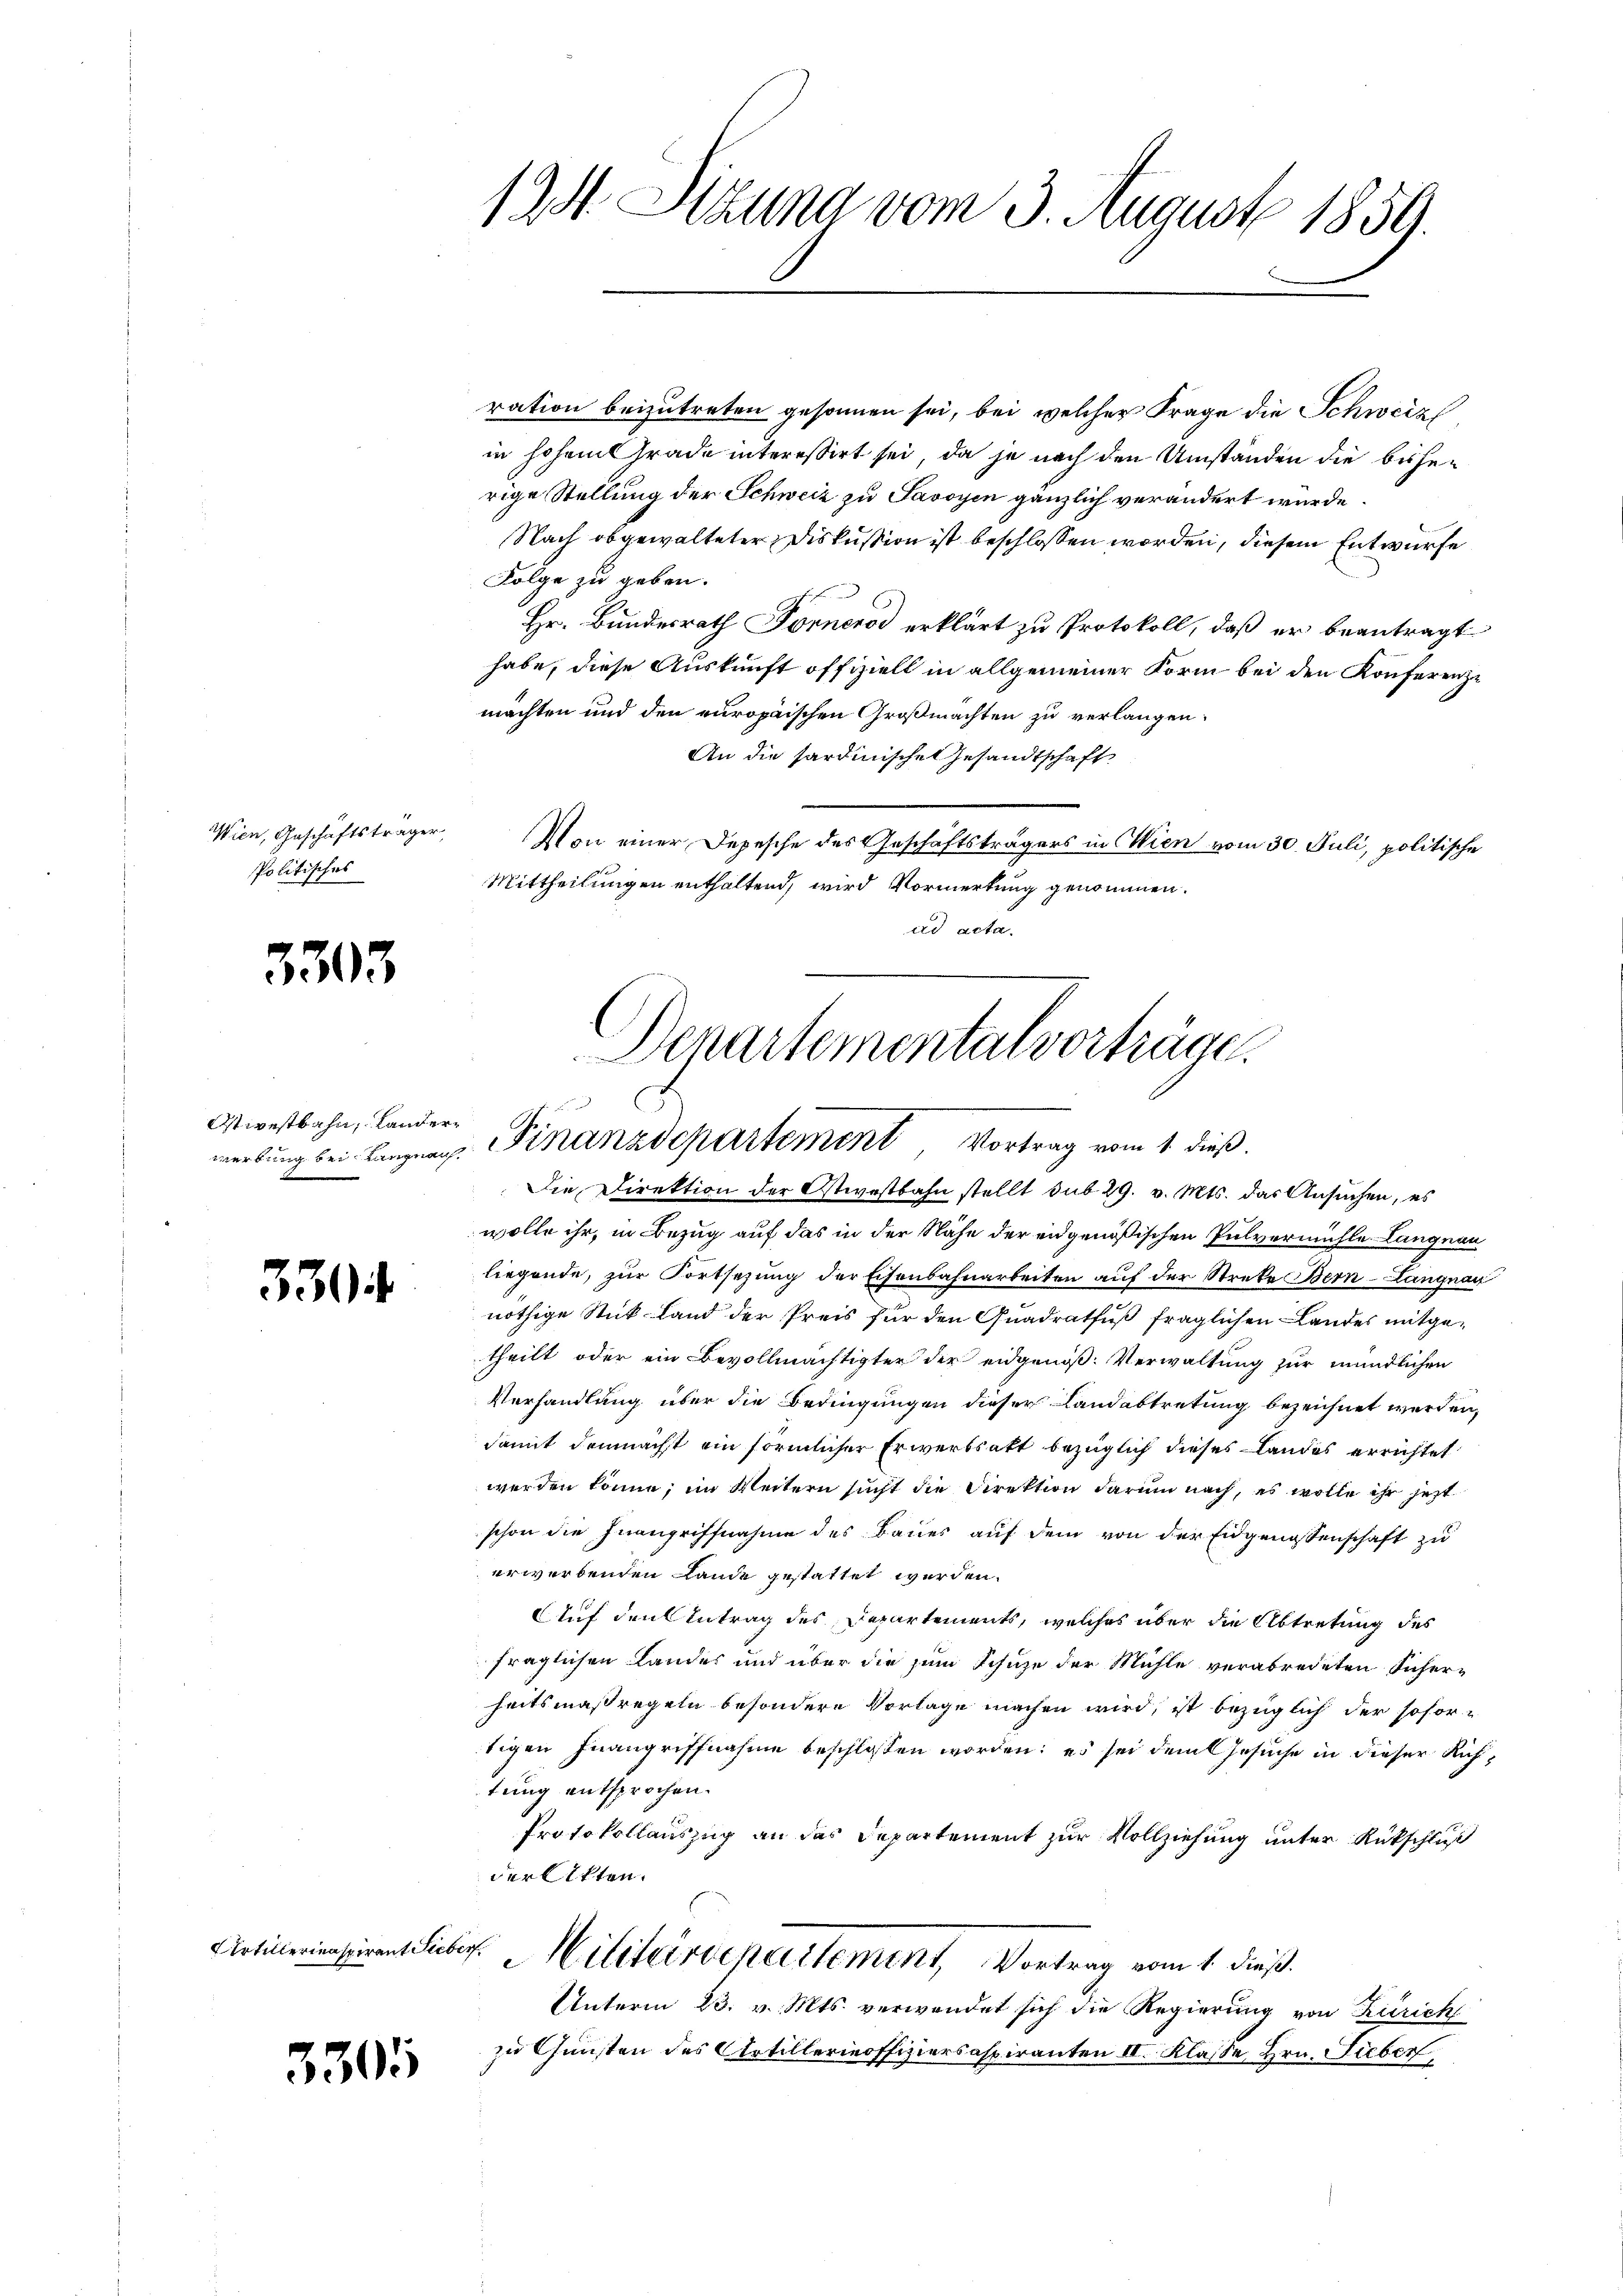
Wien, Geschäftsträger,
Politisches

3303

Stipestbahn, Lander¬

330

3305

124. Stzung vom 3. August 1859.

ration beizutreten gesonnen sei, bei welcher Frage die Schweiz
in hohem Grade interessirt sei, da je nach den Umständen die bisherige Stellung der Schweiz zu Savoyen gänzlich verändert würde.
Nach obgewalteter Diskussion ist beschlossen worden, diesem Entwurfe
Folge zu geben.
ah
Hr. Bundesrath Forneros erklärt zu Protokoll, daß er beantragt
habe, diese Auskunft offiziell in allgemeiner Form bei den Konferenze
machten und den europaischen Großmachten zu verlangen.
An die hardinische Gesandtschaft
Von einer Depesche des Geschäftsträgers in Wien vom 30. Juli, politische
Mittheilungen enthaltend, wird Vormerkung genommen.
ad acta.

Departemental vorträge.
merkung bei Langung. Finanzdepartement Vortrag vom 1. dieß.

Die Direktion der Ostwastbahn stellt sub 29. v. Mts. das Ansuchen, es
wolle ihr, in Bezug auf das in der Nähe der eidgenößischen Pulvermühle Langnau
liegende, zur Fortsezung der Eisenbahnarbeiten auf der Streke Bern-Langnau
nöthige Stück Land der Preis für den Quadratfuß fraglichen Landes mitgetheilt oder ein Bevollmächtigter der eidgenöß. Verwaltung zur mündlichen
Verhandlung über die Bedingungen dieser Landabtretung bezeichnet werden,
damit demnächst ein förmlicher Erwerbsakt bezüglich dieses Landes errichtet
werden könne; im Weitern sucht die Direktion darum nach, es wolle ihr jetzt
schon die Inangriffnahme des Baues auf dem von der Eidgenossenschaft zu
erwerbenden Lande gestattet werden.
Aauf den Antrag des Departements, welches über die Abtretung des
fraglichen Landes und über die zum Schuze der Mühle verabredeten Sicher-
heitsmaßregeln besondere Vorlage machen wird, ist bezüglich der sofor-
tigen Inangriffnahme beschlossen worden; es sei dem Gesuche in dieser Richtung entsprochen.
Protokollauszug an das Departement zur Vollziehung unter Rückschluß
derlitten.
Articlerinaspirant Sieber Militärdepartement, Vortrag vom 1. dieß.
Unterm 23. v. Mts. verwendet sich die Regierung von Zürich
zu Gunsten des Artillerieoffiziersaspiranten II. Klasse, Hrn. Lieber,